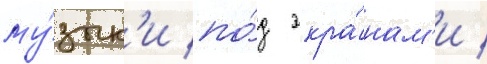
му́зык'и по́д экра́нам'и /